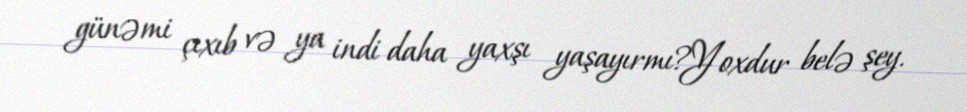
günəmi çıxıb və ya indi daha yaxşı yaşayırmı?Yoxdur belə şey.